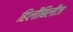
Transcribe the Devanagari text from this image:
हिलीबिलीज